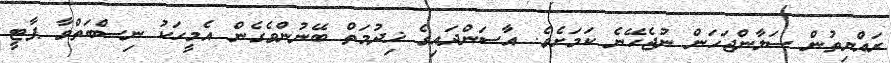
ރައްޔިތުން ސަލާންޖަހަން ނުޖެހޭނެ ކަމަށެވެ. އާސަންދައިގެ ޚިދުމަތް ބޭނުންވެގެން އެމީހަކު ނިސްބަތްވާ ޕާޓީ